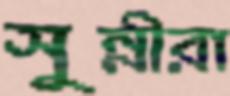
সুন্নীরা